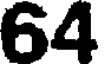
64